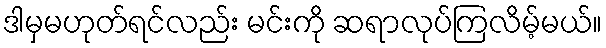
ဒါမှမဟုတ်ရင်လည်း မင်းကို ဆရာလုပ်ကြလိမ့်မယ်။